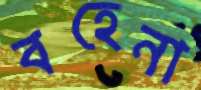
বহেনা